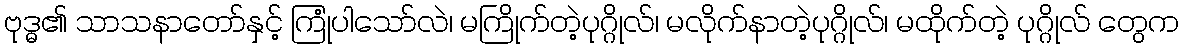
ဗုဒ္ဓ၏ သာသနာတော်နှင့် ကြုံပါသော်လဲ၊ မကြိုက်တဲ့ပုဂ္ဂိုလ်၊ မလိုက်နာတဲ့ပုဂ္ဂိုလ်၊ မထိုက်တဲ့ ပုဂ္ဂိုလ် တွေက